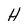
Character: H